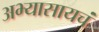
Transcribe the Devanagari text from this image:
अभ्यासायचं